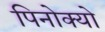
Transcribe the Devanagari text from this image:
पिनोक्यो